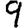
Digit: 9